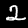
Digit: 2